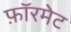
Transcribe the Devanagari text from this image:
फ़ॉरमेट